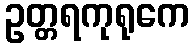
ဥတ္တရကုရုကေ